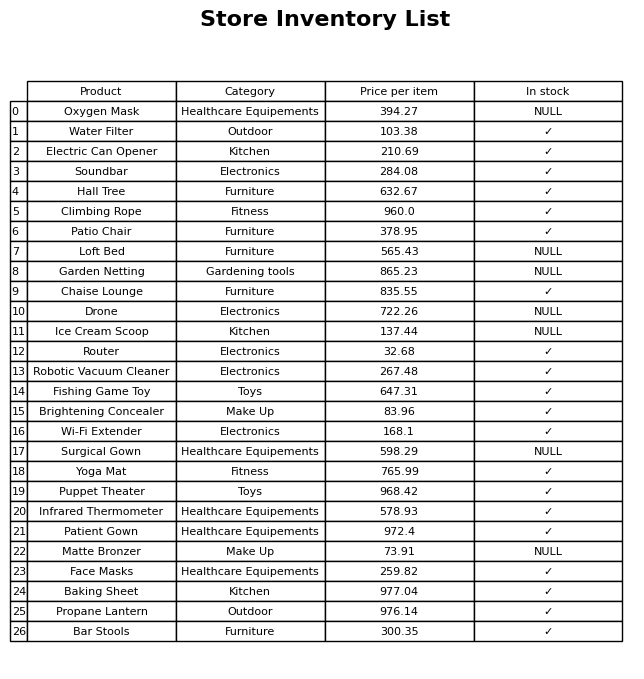
question: What is the price for Ice Cream Scoop?
answer: The price of Ice Cream Scoop is 137.44.